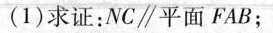
(1)求证：NC∥平面FAB；